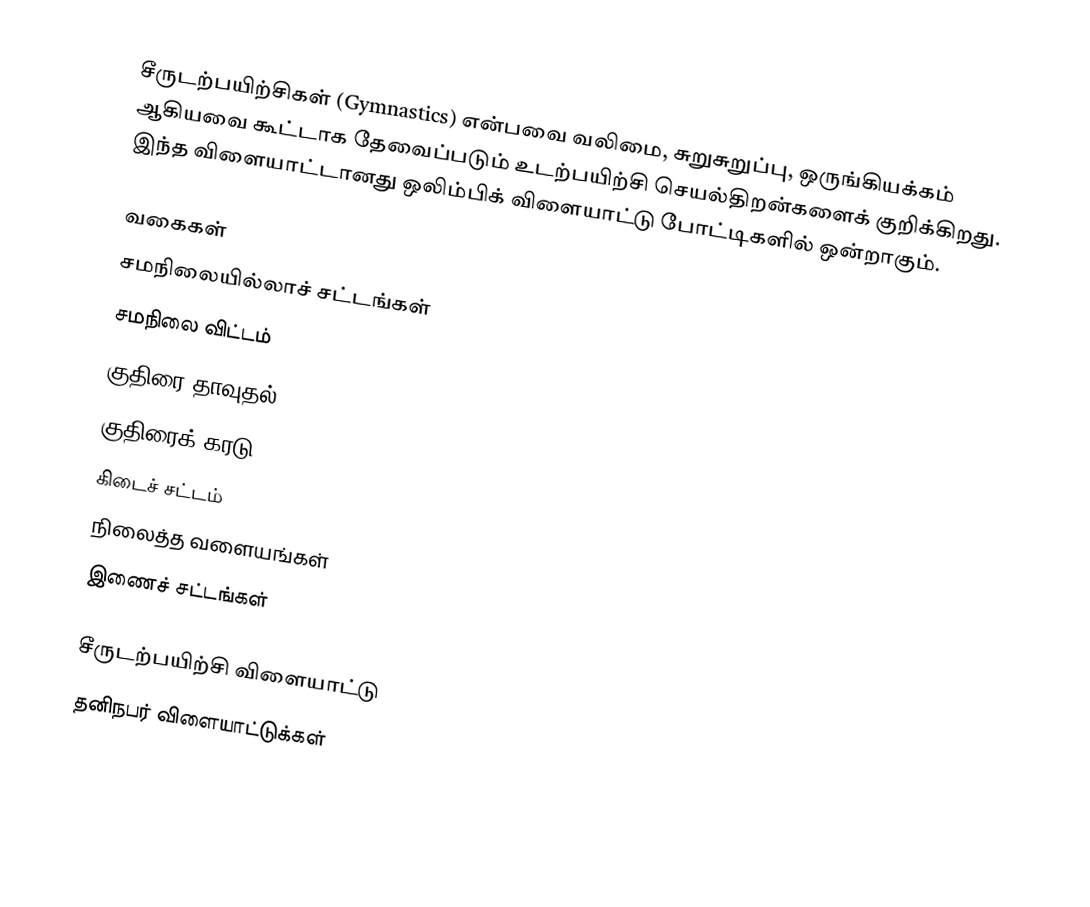
சீருடற்பயிற்சிகள் (Gymnastics) என்பவை வலிமை, சுறுசுறுப்பு, ஒருங்கியக்கம் ஆகியவை கூட்டாக தேவைப்படும் உடற்பயிற்சி செயல்திறன்களைக் குறிக்கிறது. இந்த விளையாட்டானது ஒலிம்பிக் விளையாட்டு போட்டிகளில் ஒன்றாகும்.

வகைகள்
 சமநிலையில்லாச் சட்டங்கள்
 சமநிலை விட்டம்
 குதிரை தாவுதல்
 குதிரைக் கரடு
 கிடைச் சட்டம்
 நிலைத்த வளையங்கள்
 இணைச் சட்டங்கள்

சீருடற்பயிற்சி விளையாட்டு
தனிநபர் விளையாட்டுக்கள்